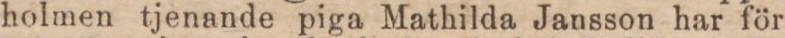
holmen tjenande piga Mathilda Jansson har för